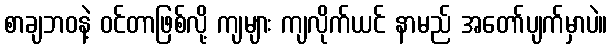
စာချဘဝနဲ့ ဝင်တာဖြစ်လို့ ကျများ ကျလိုက်ယင် နာမည် အတော်ပျက်မှာပဲ။